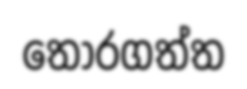
තෝරගත්ත